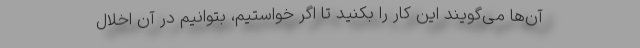
آن‌ها می‌گویند این کار را بکنید تا اگر خواستیم، بتوانیم در آن اخلال